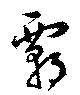
覇